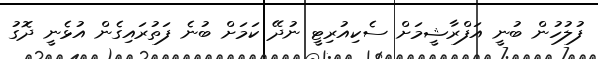
ފުލުހުން ބުނީ އަފްރާޝީމަށް ސެކިއުރިޓީ ނުދޭ ކަމަށް ބުނެ ފަތުރައިގެން އުޅެނީ ދޮގު